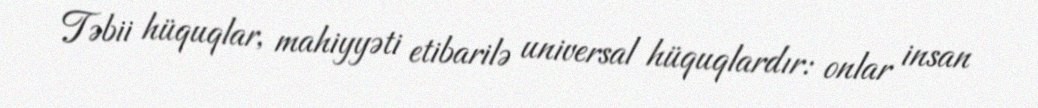
Təbii hüquqlar, mahiyyəti etibarilə universal hüquqlardır: onlar insan